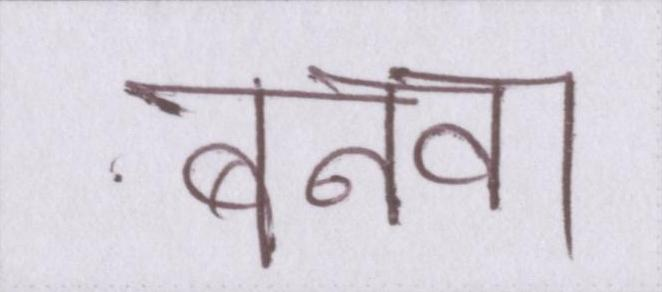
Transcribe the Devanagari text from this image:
बनवा